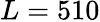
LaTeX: L=510